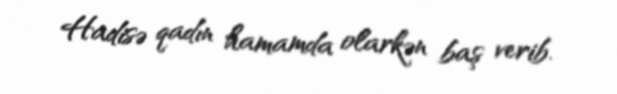
Hadisə qadın hamamda olarkən baş verib.